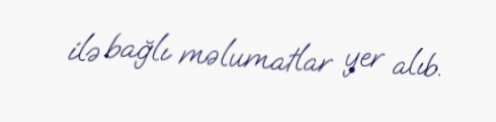
ilə bağlı məlumatlar yer alıb.